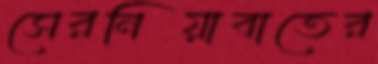
সেরনিয়াবাতের